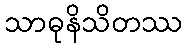
သာဓုနိသိတဿ